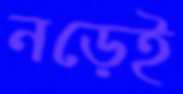
নড়েই